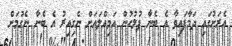
އެރަށުގައި ދަމާފައިވާ އެ ބެނާ ފުލުހުން އަމިއްލައަށް ނެގިއިރު އެ ބެނާ ނެގުމަށް